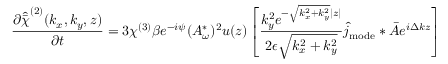
\frac { \partial \hat { \bar { \chi } } ^ { ( 2 ) } ( k _ { x } , k _ { y } , z ) } { \partial t } = 3 \chi ^ { ( 3 ) } \beta e ^ { - i \psi } ( A _ { \omega } ^ { * } ) ^ { 2 } u ( z ) \left[ \frac { k _ { y } ^ { 2 } e ^ { - \sqrt { k _ { x } ^ { 2 } + k _ { y } ^ { 2 } } | z | } } { 2 \epsilon \sqrt { k _ { x } ^ { 2 } + k _ { y } ^ { 2 } } } \hat { j } _ { \mathrm { m o d e } } \ast \bar { A } e ^ { i \Delta k z } \right]